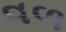
વળ